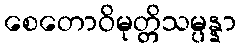
စေတောဝိမုတ္တိသမ္ပန္နာ